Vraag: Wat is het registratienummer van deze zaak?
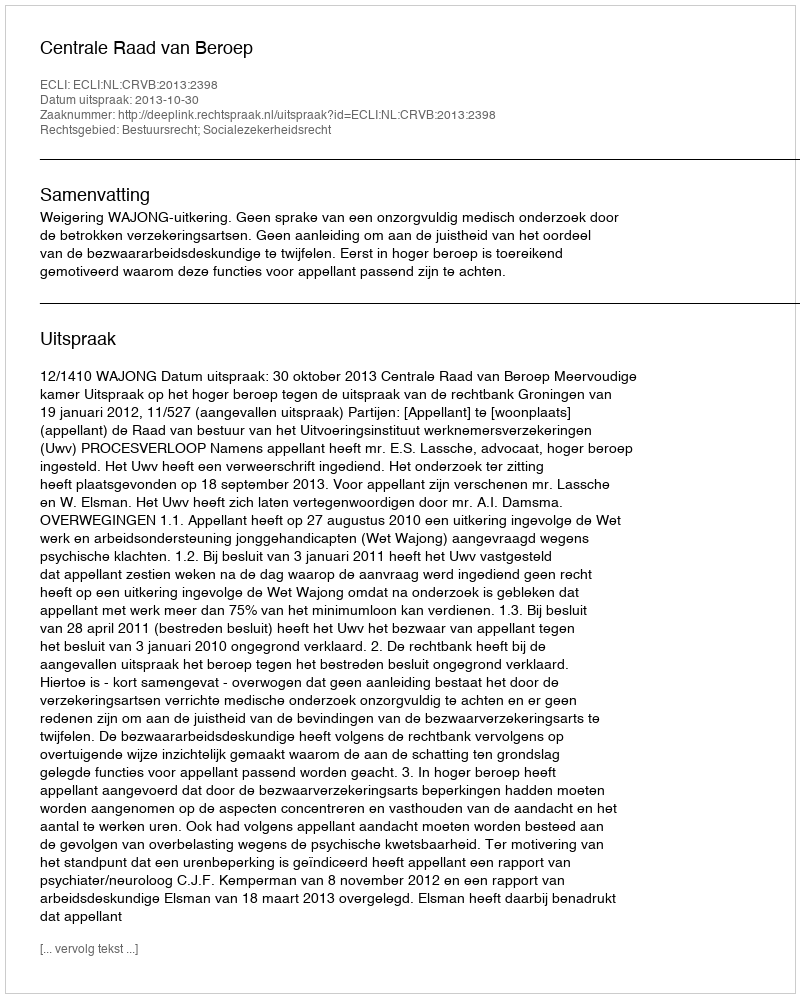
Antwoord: http://deeplink.rechtspraak.nl/uitspraak?id=ECLI:NL:CRVB:2013:2398